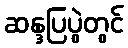
ဆန္ဒပြပွဲတွင်